Vaccination in Bombay 1924-1928 - 1924-1928
Year: 1924
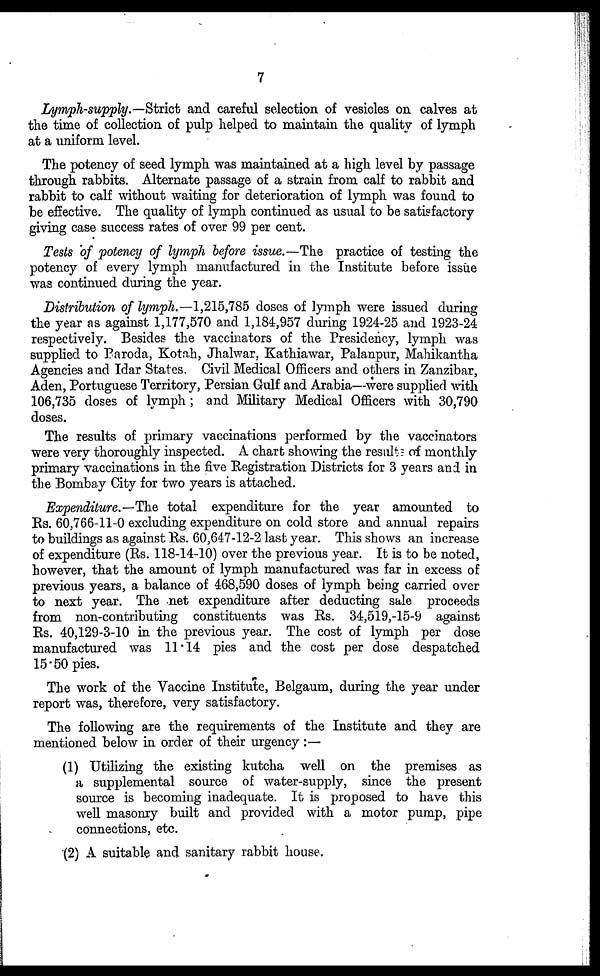
7
Lymph-supply.—Strict and careful selection of vesicles on calves at
the time of collection of pulp helped to maintain the quality of lymph
at a uniform level.
The potency of seed lymph was maintained at a high level by passage
through rabbits. Alternate passage of a strain from calf to rabbit and
rabbit to calf without waiting for deterioration of lymph was found to
be effective. The quality of lymph continued as usual to be satisfactory
giving case success rates of over 99 per cent.
Tests of potency of lymph before issue.—The practice of testing the
potency of every lymph manufactured in the Institute before issue
was continued during the year.
Distribution of lymph.—1,215,785 doses of lymph were issued during
the year as against 1,177,570 and 1,184,957 during 1924-25 and 1923-24
respectively. Besides the vaccinators of the Presidency, lymph was
supplied to Paroda, Kotah, Jhalwar, Kathiawar, Palanpur, Mahikantha
Agencies and Idar States. Civil Medical Officers and others in Zanzibar,
Aden, Portuguese Territory, Persian Gulf and Arabia—were supplied with
106,735 doses of lymph; and Military Medical Officers with 30,790
doses.
The results of primary vaccinations performed by the vaccinators
were very thoroughly inspected. A chart showing the results of monthly
primary vaccinations in the five Registration Districts for 3 years and in
the Bombay City for two years is attached.
Expenditure.—The total expenditure for the year amounted to
Rs. 60,766-11-0 excluding expenditure on cold store and annual repairs
to buildings as against Rs. 60,647-12-2 last year. This shows an increase
of expenditure (Rs. 118-14-10) over the previous year. It is to be noted,
however, that the amount of lymph manufactured was far in excess of
previous years, a balance of 468,590 doses of lymph being carried over
to next year. The net expenditure after deducting sale proceeds
from non-contributing constituents was Rs. 34,519,-15-9 against
Rs. 40,129-3-10 in the previous year. The cost of lymph per dose
manufactured was 11.14 pies and the cost per dose despatched
15.50 pies.
The work of the Vaccine Institute, Belgaum, during the year under
report was, therefore, very satisfactory.
The following are the requirements of the Institute and they are
mentioned below in order of their urgency :—
(1) Utilizing the existing kutcha well on the premises as
a supplemental source of water-supply, since the present
source is becoming inadequate. It is proposed to have this
well masonry built and provided with a motor pump, pipe
connections, etc.
(2) A suitable and sanitary rabbit house.